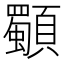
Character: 䫳